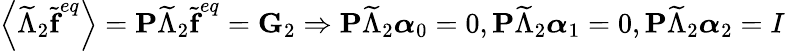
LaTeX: \left\langle\widetilde{\Lambda}_{2}\widetilde{\textbf{f}}^{eq}\right\rangle=\textbf{P}\widetilde{\Lambda}_{2}\widetilde{\textbf{f}}^{eq}=\textbf{G}_{2}\Rightarrow\textbf{P}\widetilde{\Lambda}_{2}\boldsymbol{\alpha}_{0}=0,\textbf{P}\widetilde{\Lambda}_{2}\boldsymbol{\alpha}_{1}=0,\textbf{P}\widetilde{\Lambda}_{2}\boldsymbol{\alpha}_{2}=I